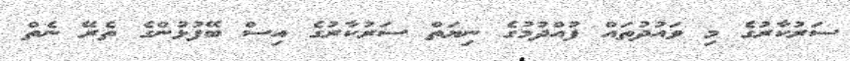
ސަރުކާރުގެ މި ވައުދުތައް ފުއްދުމުގެ ނިޔަތް ސަރުކާރުގެ އިސް ބޭފުޅުންގެ ތެރޭ ނެތް